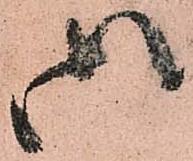
御